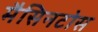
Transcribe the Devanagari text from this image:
मैसिनटोस